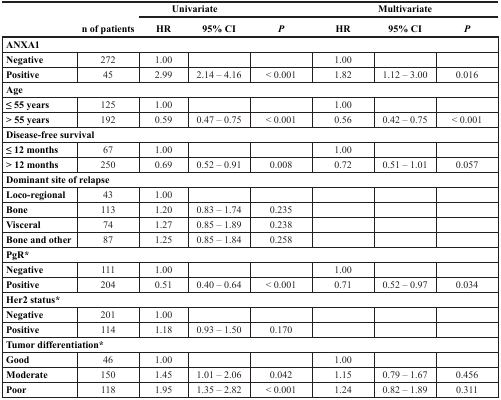
| <ROWSPAN=2>  |  | <COLSPAN=3> Univariate | <COLSPAN=3> Multivariate |
 | n of patients | HR | 95% CI | P | HR | 95% CI | P |
 | --- | --- | --- | --- | --- | --- | --- | --- |
 | <COLSPAN=8> ANXA1 |
 | Negative | 272 | 1.00 |  |  | 1.00 |  |  |
 | Positive | 45 | 2.99 | 2.14 – 4.16 | < 0.001 | 1.82 | 1.12 – 3.00 | 0.016 |
 | <COLSPAN=8> Age |
 | ≤ 55 years | 125 | 1.00 |  |  | 1.00 |  |  |
 | > 55 years | 192 | 0.59 | 0.47 – 0.75 | < 0.001 | 0.56 | 0.42 – 0.75 | < 0.001 |
 | <COLSPAN=8> Disease-free survival |
 | ≤ 12 months | 67 | 1.00 |  |  | 1.00 |  |  |
 | > 12 months | 250 | 0.69 | 0.52 – 0.91 | 0.008 | 0.72 | 0.51 – 1.01 | 0.057 |
 | <COLSPAN=8> Dominant site of relapse |
 | Loco-regional | 43 | 1.00 |  |  |  |  |  |
 | Bone | 113 | 1.20 | 0.83 – 1.74 | 0.235 |  |  |  |
 | Visceral | 74 | 1.27 | 0.85 – 1.89 | 0.238 |  |  |  |
 | Bone and other | 87 | 1.25 | 0.85 – 1.84 | 0.258 |  |  |  |
 | <COLSPAN=8> PgR* |
 | Negative | 111 | 1.00 |  |  | 1.00 |  |  |
 | Positive | 204 | 0.51 | 0.40 – 0.64 | < 0.001 | 0.71 | 0.52 – 0.97 | 0.034 |
 | <COLSPAN=8> Her2 status* |
 | Negative | 201 | 1.00 |  |  |  |  |  |
 | Positive | 114 | 1.18 | 0.93 – 1.50 | 0.170 |  |  |  |
 | <COLSPAN=8> Tumor differentiation* |
 | Good | 46 | 1.00 |  |  | 1.00 |  |  |
 | Moderate | 150 | 1.45 | 1.01 – 2.06 | 0.042 | 1.15 | 0.79 – 1.67 | 0.456 |
 | Poor | 118 | 1.95 | 1.35 – 2.82 | < 0.001 | 1.24 | 0.82 – 1.89 | 0.311 |